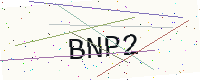
Text: BNP2